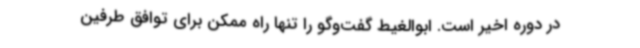
در دوره اخیر است. ابوالغیط گفت‌وگو را تنها راه ممکن برای توافق طرفین